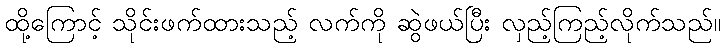
ထို့ကြောင့် သိုင်းဖက်ထားသည့် လက်ကို ဆွဲဖယ်ပြီး လှည့်ကြည့်လိုက်သည်။